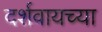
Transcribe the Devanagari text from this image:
दर्शवायच्या